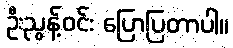
ဦးညွန့်ဝင်း ပြောပြတာပါ။